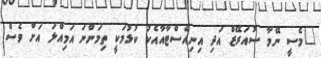
"މެސީ ނޭމާ ސުއަރޭޒް އަދި އިނިއެސްޓާއާއެކު ކުޅުމަކީ ތިމަންނަ އަމިއްލަ އަށް ވެސް